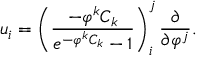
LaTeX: u _ { i } = \left( \frac { - \varphi ^ { k } C _ { k } } { e ^ { - \varphi ^ { k } C _ { k } } - 1 } \right) _ { i } ^ { j } \frac { \partial } { \partial \varphi ^ { j } } .